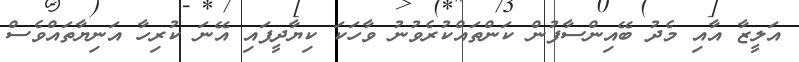
އަލީޒާ އާއި މެދު ބޭއިންސާފުން ކަންތައްކުރެވުނު ވާހަކަ ކިޔާދީފައި އޭނަ ކުރިހާ އަނިޔާތައްވެސް